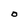
Character: O